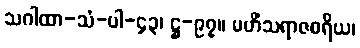
သဂါထာ-သံ-ပါ-၄၃၊ ဋ္ဌ-၉၇။ မဟိံသရာဇစရိယ၊